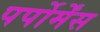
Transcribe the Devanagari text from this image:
पर्पोर्मेंस